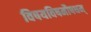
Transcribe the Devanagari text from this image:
विषयविषमौषधम्